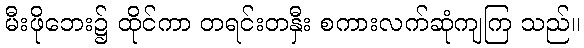
မီးဖိုဘေး၌ ထိုင်ကာ တရင်းတနှီး စကားလက်ဆုံကျကြ သည်။